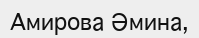
Амирова Әмина,